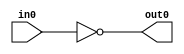
`timescale 1ns / 1ps
//////////////////////////////////////////////////////////////////////////////////
// Company: Gachon Univ. / Korea Electronics Technology Institute
// 
// Design Name: 
// Module Name: Tnot
// Project Name: 
// Target Devices: 
// Tool Versions: 
// Description: 
// 
// Dependencies: 
// 
// Revision:
// Revision 0.01 - File Created
// Additional Comments:
// 
//////////////////////////////////////////////////////////////////////////////////


module Tnot(
    input in0,
    output out0
    );
    
    not (out0,in0);
endmodule